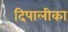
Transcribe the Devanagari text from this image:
दिपालीका